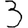
Digit: 3